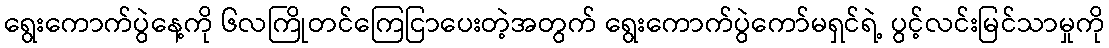
ရွေးကောက်ပွဲနေ့ကို ၆လကြိုတင်ကြေငြာပေးတဲ့အတွက် ရွေးကောက်ပွဲကော်မရှင်ရဲ့ ပွင့်လင်းမြင်သာမှုကို